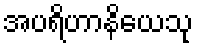
အပရိဟာနိယေသု